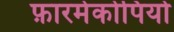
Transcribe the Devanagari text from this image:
फ़ारमेकोपियो